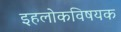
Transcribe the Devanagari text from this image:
इहलोकविषयक